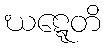
ဃဋ္ဋေတိ